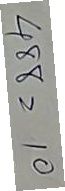
488 = 10